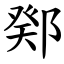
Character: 鄈